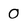
Character: 0